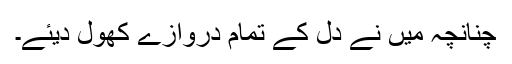
چنانچہ میں نے دل کے تمام دروازے کھول دیئے۔